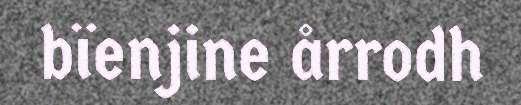
bïenjine årrodh